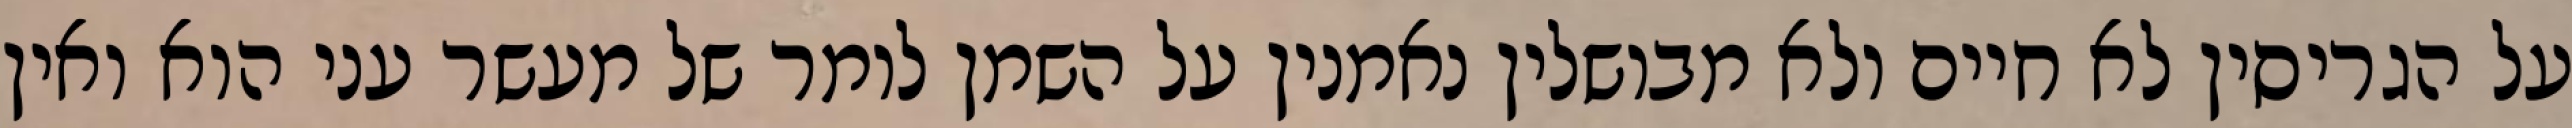
על הגריסין לא חיים ולא מבושלין נאמנין על השמן לומר של מעשר עני הוא ואין